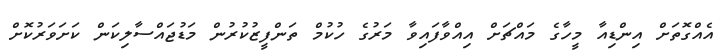
އެއްގޮތަށް އިންޑިއާ މީހާގެ މައްޗަށް އިއްވާފައިވާ މަރުގެ ހުކުމް ތަންފީޒުކުރުން މަޑުޖައްސާލިކަން ކަށަވަރުކޮށް